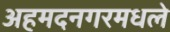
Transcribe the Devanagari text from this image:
अहमदनगरमधले